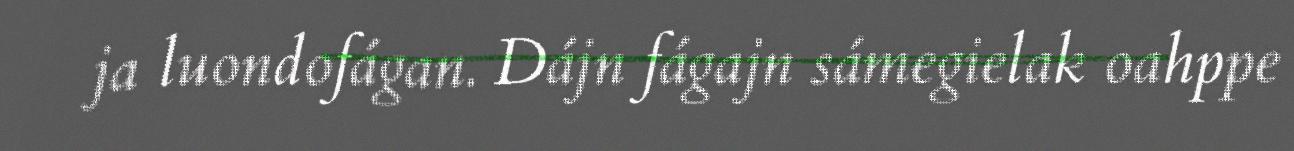
ja luondofágan. Dájn fágajn sámegielak oahppe